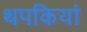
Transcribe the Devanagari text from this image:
थपकियां